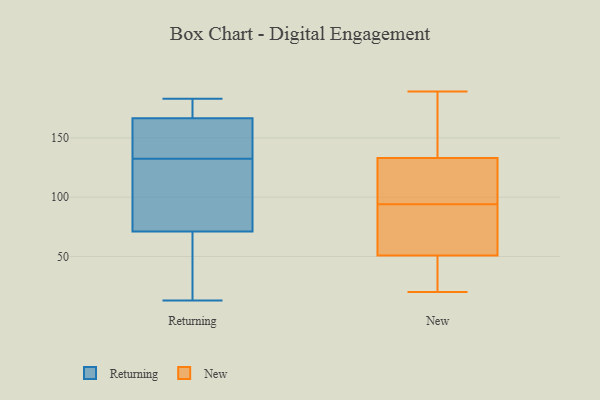
{"axis": {"x": "Churn Rate (%)", "y": "Value"}, "legend": ["New", "Returning"], "data": [{"x": "", "y": 183, "type": "Returning"}, {"x": "", "y": 173, "type": "Returning"}, {"x": "", "y": 158, "type": "Returning"}, {"x": "", "y": 166, "type": "Returning"}, {"x": "", "y": 167, "type": "Returning"}, {"x": "", "y": 173, "type": "Returning"}, {"x": "", "y": 85, "type": "Returning"}, {"x": "", "y": 145, "type": "Returning"}, {"x": "", "y": 28, "type": "Returning"}, {"x": "", "y": 66, "type": "Returning"}, {"x": "", "y": 146, "type": "Returning"}, {"x": "", "y": 76, "type": "Returning"}, {"x": "", "y": 175, "type": "Returning"}, {"x": "", "y": 93, "type": "Returning"}, {"x": "", "y": 151, "type": "Returning"}, {"x": "", "y": 16, "type": "Returning"}, {"x": "", "y": 60, "type": "Returning"}, {"x": "", "y": 120, "type": "Returning"}, {"x": "", "y": 13, "type": "Returning"}, {"x": "", "y": 97, "type": "Returning"}, {"x": "", "y": 154, "type": "New"}, {"x": "", "y": 31, "type": "New"}, {"x": "", "y": 94, "type": "New"}, {"x": "", "y": 189, "type": "New"}, {"x": "", "y": 80, "type": "New"}, {"x": "", "y": 100, "type": "New"}, {"x": "", "y": 53, "type": "New"}, {"x": "", "y": 61, "type": "New"}, {"x": "", "y": 122, "type": "New"}, {"x": "", "y": 127, "type": "New"}, {"x": "", "y": 139, "type": "New"}, {"x": "", "y": 29, "type": "New"}, {"x": "", "y": 20, "type": "New"}, {"x": "", "y": 50, "type": "New"}, {"x": "", "y": 135, "type": "New"}]}